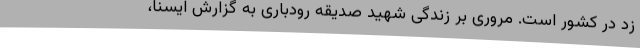
زد در کشور است. مروری بر زندگی شهید صدیقه رودباری به گزارش ایسنا،